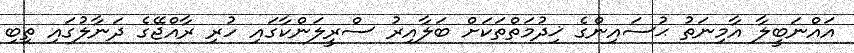
އައްނަބީލާ އާމިނަތު ޙުސައިންގެ ޚިދުމަތްތަކަށް ބަލާއިރު ސްރީލަންކާގައި ހުރި ރާއްޖޭގެ ދަނާލުގައި ތިބި